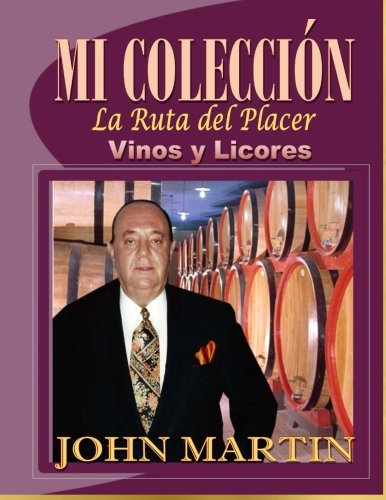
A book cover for Mi Coleccion Vinos y Licores: "La Ruta del Placer" (Spanish Edition); John Martin; Humor & Entertainment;